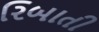
રિબાતી